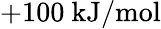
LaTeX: +100\ \mathrm{kJ/mol}